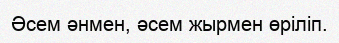
Әсем әнмен, әсем жырмен өрiлiп.